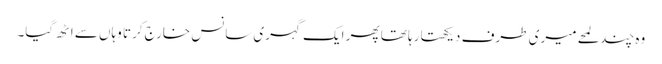
وہ چند لمحے میری طرف دیکھتا رہا تھا پھر ایک گہری سانس خارج کرتا وہاں سے اٹھ گیا۔